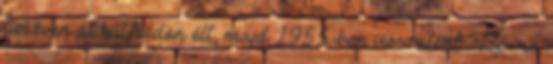
tíz éven át külföldön élt, majd 1955-ben visszatért Bp.-re.